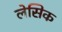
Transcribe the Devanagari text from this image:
लेसिक